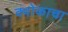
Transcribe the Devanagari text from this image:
क्वोकाचा